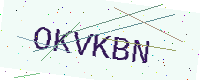
Text: OKVKBN